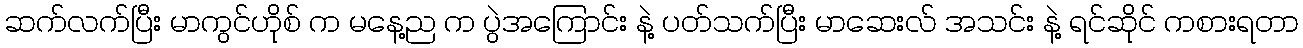
ဆက်လက်ပြီး မာကွင်ဟိုစ် က မနေ့ည က ပွဲအကြောင်း နဲ့ ပတ်သက်ပြီး မာဆေးလ် အသင်း နဲ့ ရင်ဆိုင် ကစားရတာ